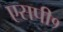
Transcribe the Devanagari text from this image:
एसपी१